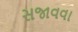
સજાવવા